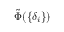
\tilde { \Phi } ( \{ \delta _ { i } \} )